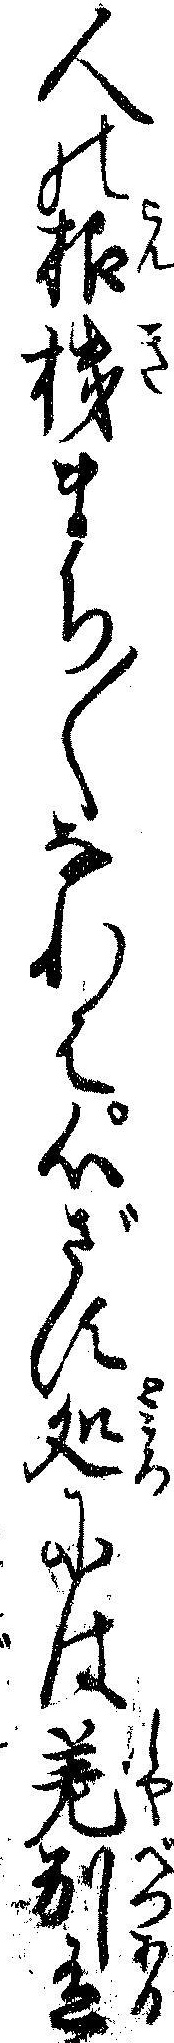
人の根機まち〱なれは心ざす処には差別有